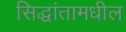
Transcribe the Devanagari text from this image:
सिद्धांतामधील